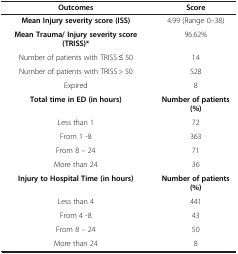
<table><thead><tr><td><b>Outcomes</b></td><td><b>Score</b></td></tr></thead><tbody><tr><td><b>Mean Injury severity score (ISS)</b></td><td>4.99 (Range 0–38)</td></tr><tr><td><b>Mean Trauma/ Injury severity score (TRISS)*</b></td><td>96.62%</td></tr><tr><td>Number of patients with TRISS ≤ 50</td><td>14</td></tr><tr><td>Number of patients with TRISS &gt; 50</td><td>528</td></tr><tr><td>Expired</td><td>8</td></tr><tr><td><b>Total time in ED (in hours)</b></td><td><b>Number of patients (%)</b></td></tr><tr><td>Less than 1</td><td>72</td></tr><tr><td>From 1 -8</td><td>363</td></tr><tr><td>From 8 – 24</td><td>71</td></tr><tr><td>More than 24</td><td>36</td></tr><tr><td><b>Injury to Hospital Time (in hours)</b></td><td><b>Number of patients (%)</b></td></tr><tr><td>Less than 4</td><td>441</td></tr><tr><td>From 4 -8</td><td>43</td></tr><tr><td>From 8 – 24</td><td>50</td></tr><tr><td>More than 24</td><td>8</td></tr></tbody></table>